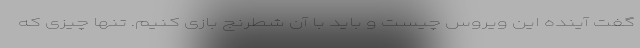
گفت آینده این ویروس چیست و باید با آن شطرنج بازی کنیم. تنها چیزی که